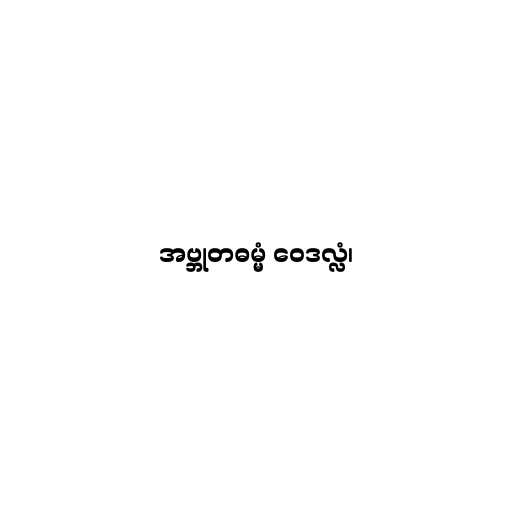
အဗ္ဘုတဓမ္မံ ဝေဒလ္လံ၊